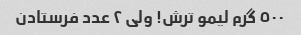
٥٠٠ گرم لیمو ترش! ولى ٢ عدد فرستادن